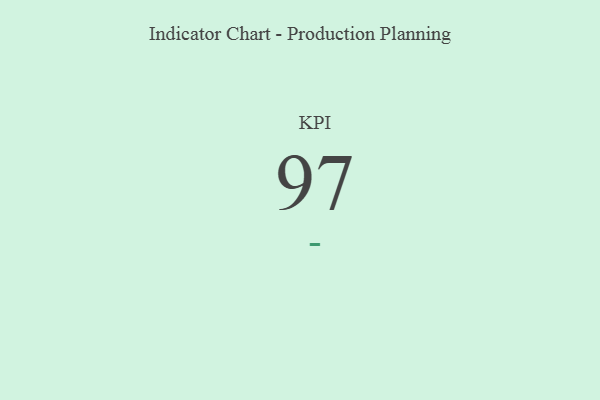
{"axis": {"x": "KPI", "y": "Value"}, "legend": [""], "data": [{"x": "KPI", "y": 97, "type": ""}]}